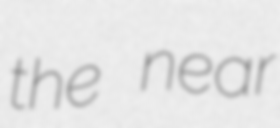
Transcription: the near